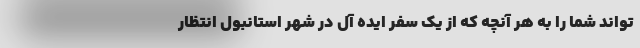
تواند شما را به هر آنچه که از یک سفر ایده آل در شهر استانبول انتظار